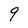
Character: q